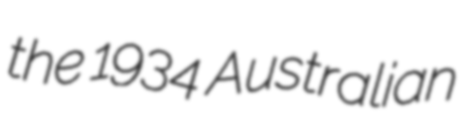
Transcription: the 1934 Australian